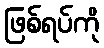
ဖြစ်ရပ်ကို